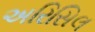
અરિસિલ